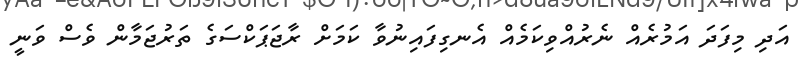
އަދި މިފަދަ އަމުރެއް ނެރުއްވިކަމެއް އެނގިފައިނުވާ ކަމަށް ރާޖަޕަކްސަގެ ތަރުޖަމާން ވެސް ވަނީ